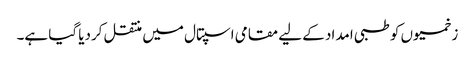
زخمیوں کو طبی امداد کے لیے مقامی اسپتال میں منتقل کردیا گیا ہے۔